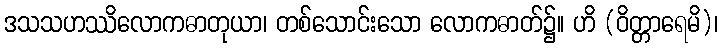
ဒသသဟဿိလောကဓာတုယာ၊ တစ်သောင်းသော လောကဓာတ်၌။ ဟိ (ဝိတ္တာရေမိ)၊